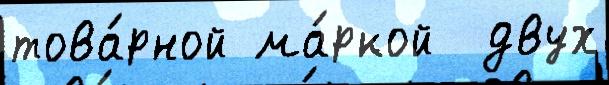
това́рной ма́ркой  двух